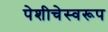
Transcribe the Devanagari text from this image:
पेशीचेस्वरूप